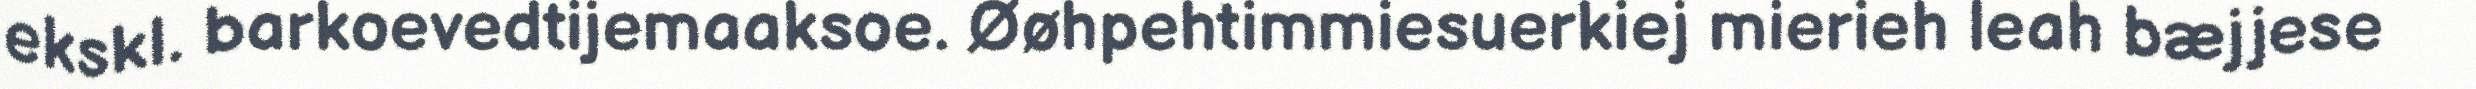
ekskl. barkoevedtijemaaksoe. Øøhpehtimmiesuerkiej mierieh leah bæjjese